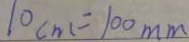
1 0 c m = 1 0 0 m m